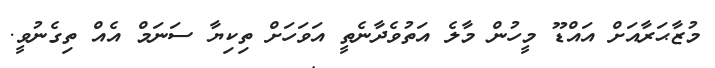
މުޒާޙަރާއަށް އައްޑޫ މީހުން މާލެ އަތުވެދާނެތީ އަވަހަށް ތިކިޔާ ސަނަމް އެއް ތިގެނުވީ.